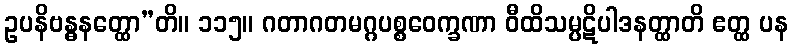
ဥပနိဗန္ဓနတ္ထော”တိ။ ၁၁၅။ ဂတာဂတမဂ္ဂပစ္စဝေက္ခဏာ ဝီထိသမ္ပဋိပါဒနတ္ထာတိ ဧတ္ထ ပန